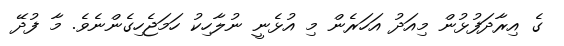
ގެ އިރާދަފުޅުން މިއަދު އަހަރެން މި އުޅެނީ ނުލާހިކު ހަމަޖެހިގެންނެވެ. މާ ފުދޭ